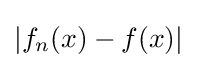
|f_{n}(x)-f(x)|